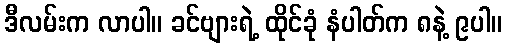
ဒီလမ်းက လာပါ။ ခင်ဗျားရဲ့ ထိုင်ခုံ နံပါတ်က ၈နဲ့ ၉ပါ။